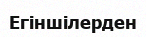
Егіншілерден